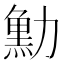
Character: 𠢴